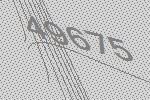
49675